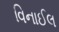
વિનાઈલ